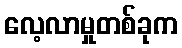
လေ့လာမှုတစ်ခုက